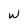
Character: W